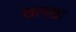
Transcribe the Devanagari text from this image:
खानखां